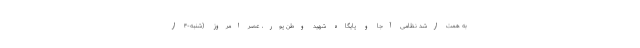
به همت ارشد نظامی آجا و پایگاه شهید وطن پور، عصر امروز (شنبه-۴ ار